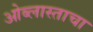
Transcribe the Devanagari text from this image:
ओब्लास्ताचा